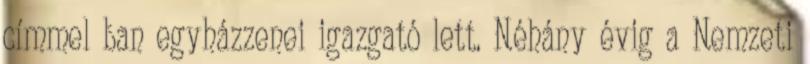
címmel ban egyházzenei igazgató lett. Néhány évig a Nemzeti